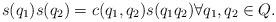
LaTeX: \begin{align*} s(q_1)s(q_2) = c(q_1,q_2) s(q_1q_2) \forall q_1,q_2 \in Q.\end{align*}